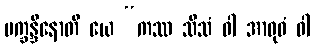
ပက္ခန္ဒိနောတိ ယေ “ကဿ သီသံ ဝါ အာဝုဓံ ဝါ